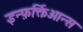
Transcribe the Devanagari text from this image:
इन्फ़र्क्तिओन्स